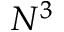
N ^ { 3 }